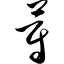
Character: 蔚